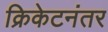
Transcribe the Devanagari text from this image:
क्रिकेटनंतर